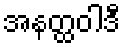
အနတ္ထဝါဒီ